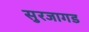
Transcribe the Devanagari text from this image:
सुरजागड